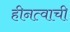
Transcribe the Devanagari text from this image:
हीनत्वाची